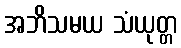
အဘိသမယ သံယုတ္တ